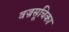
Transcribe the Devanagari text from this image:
वज्रसूचिका